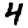
Digit: 4